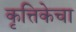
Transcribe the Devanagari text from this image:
कृत्तिकेचा